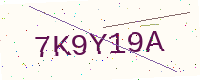
Text: 7K9Y19A